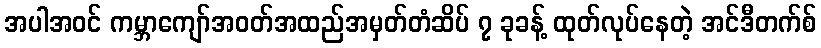
အပါအဝင် ကမ္ဘာကျော်အဝတ်အထည်အမှတ်တံဆိပ် ၇ ခုခန့် ထုတ်လုပ်နေတဲ့ အင်ဒီတက်စ်